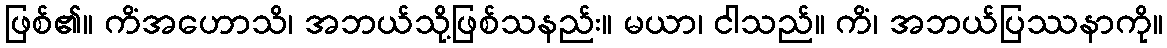
ဖြစ်၏။ ကိံအဟောသိ၊ အဘယ်သို့ဖြစ်သနည်း။ မယာ၊ ငါသည်။ ကိံ၊ အဘယ်ပြဿနာကို။